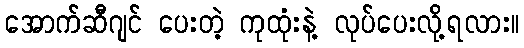
အောက်ဆီဂျင် ပေးတဲ့ ကုထုံးနဲ့ လုပ်ပေးလို့ရလား။